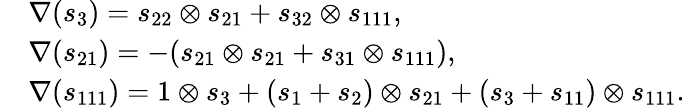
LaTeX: \begin{array}{rl}&{\nabla(s_{3})=s_{22}\otimes s_{21}+s_{32}\otimes s_{111},}\\ &{\nabla(s_{21})=-(s_{21}\otimes s_{21}+s_{31}\otimes s_{111}),}\\ &{\nabla(s_{111})=1\otimes s_{3}+(s_{1}+s_{2})\otimes s_{21}+(s_{3}+s_{11})\otimes s_{111}.}\end{array}